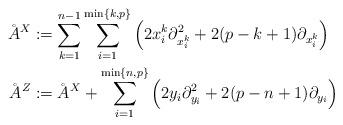
LaTeX: \begin{align*}\AA^X &:= \sum_{k = 1}^{n - 1} \sum_{i = 1}^{\min\{k, p\}} \Big(2 x^k_i \partial^2_{x^k_i} + 2 (p - k + 1)\partial_{x^k_i}\Big)\\\AA^Z &:= \AA^X + \sum_{i = 1}^{\min\{n, p\}} \Big(2 y_i \partial_{y_i}^2 + 2 (p - n + 1) \partial_{y_i}\Big)\end{align*}